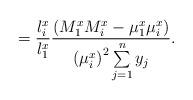
LaTeX: \begin{align*}=\frac{l_{i}^{x}}{l_{1}^{x}}\frac{\left( M_{1}^{x}M_{i}^{x}-\mu_{1}^{x}\mu_{i}^{x} \right)}{{(\mu_{i}^{x})}^{2}\sum\limits_{j=1}^n y_{j}}.\end{align*}